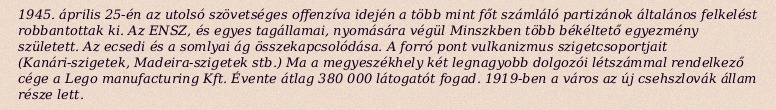
1945. április 25-én az utolsó szövetséges offenzíva idején a több mint főt számláló partizánok általános felkelést robbantottak ki. Az ENSZ, és egyes tagállamai, nyomására végül Minszkben több békéltető egyezmény született. Az ecsedi és a somlyai ág összekapcsolódása. A forró pont vulkanizmus szigetcsoportjait (Kanári-szigetek, Madeira-szigetek stb.) Ma a megyeszékhely két legnagyobb dolgozói létszámmal rendelkező cége a Lego manufacturing Kft. Évente átlag 380 000 látogatót fogad. 1919-ben a város az új csehszlovák állam része lett.